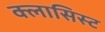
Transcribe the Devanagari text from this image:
क्लासिस्ट